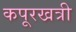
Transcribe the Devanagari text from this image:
कपूरखत्री